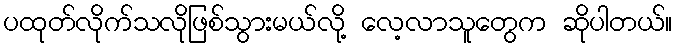
ပထုတ်လိုက်သလိုဖြစ်သွားမယ်လို့ လေ့လာသူတွေက ဆိုပါတယ်။